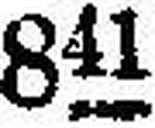
811